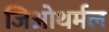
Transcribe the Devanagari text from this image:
जिओथर्मल